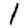
Digit: 1